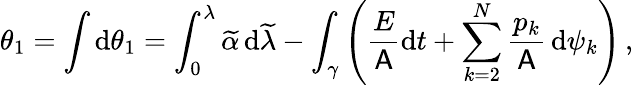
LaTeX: \theta_{1}=\int\mathrm{d}\theta_{1}=\int_{0}^{\lambda}\widetilde{{\alpha}}\, \mathrm{d}\widetilde{{\lambda}}-\int_{\gamma}\left(\frac{{E}}{{\mathsf{{A}}}}\mathrm{d}t+\sum_{k=2}^{N}\frac{{p_{k}}}{{\mathsf{{A}}}}\, \mathrm{d}\psi_{k}\right)\, ,